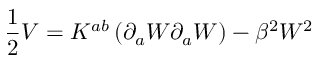
\frac { 1 } { 2 } V = K ^ { a b } \left( \partial _ { a } W \partial _ { a } W \right) - \beta ^ { 2 } W ^ { 2 }